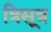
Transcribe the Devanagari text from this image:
त्रिसूत्र